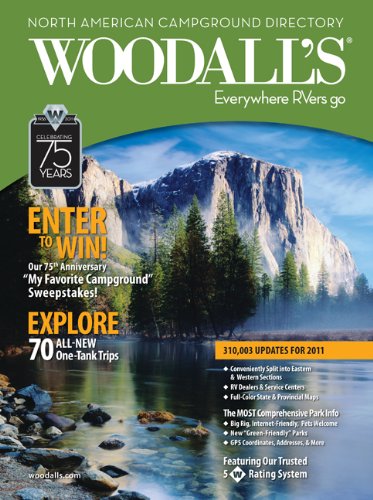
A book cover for Woodall's North American Campground Directory, 2011 (Good Sam RV Travel Guide & Campground Directory); Woodall's Publications Corp.; Travel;